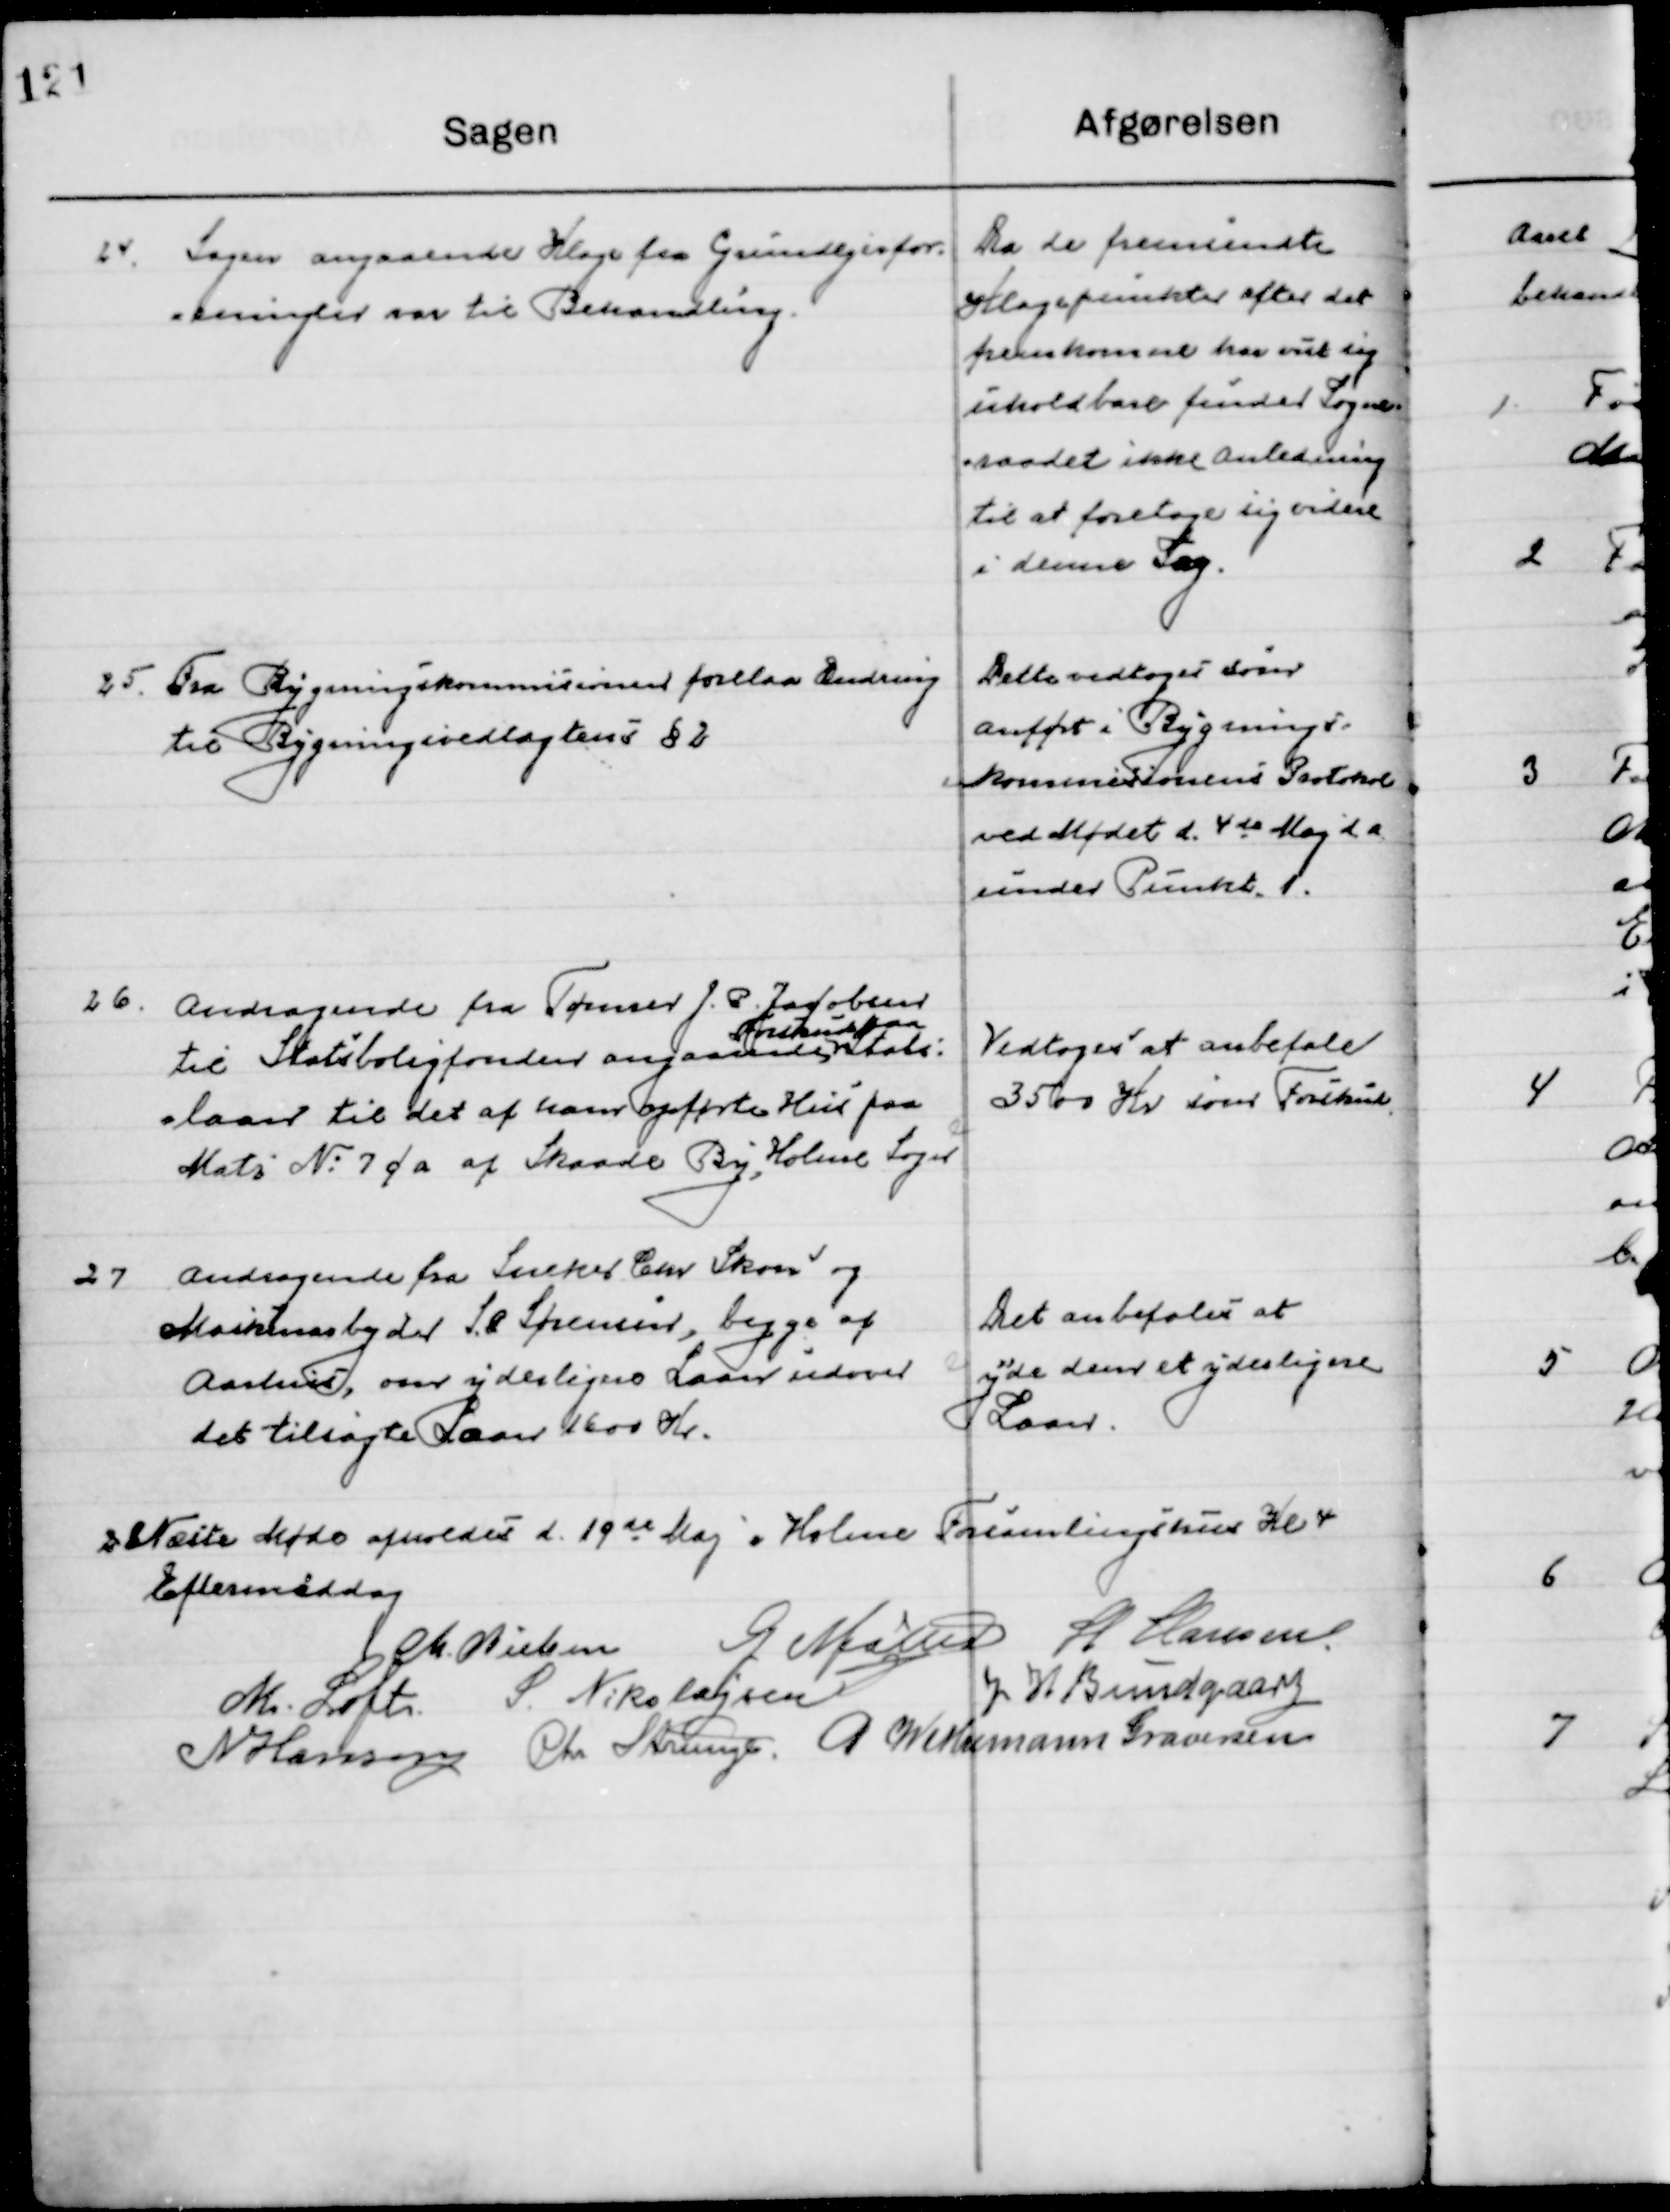
Transskription:
24

Sagen angaaende Klage fra Grundejerfor-
eningen var til Behandling.

Da de fremsendte
Klagepunkter efter det
fremkomne har vist sig
uholdbare finder Sogne-
raadet ikke Anledning 
til at foretage sig videre
i denne Sag.

25

Fra Bygningskommissionen forelaa Ændring 
Til Bygningsvedtægtens § 2

Dette vedtoges som
Anført i Bygnings-
Kommissionens Protokol
Ved Mødet d. 4de Maj d. a.
under Punkt.

26

Andragende fra Tømrer J. P. Jacobsen
Til Statsboligfonden angaaende 
Forskud paa 
Stats-
Laan til det af hans opførte Hus paa
Matr. No. 7 f a af Skaade By, Holme Sogn.

Vedtoges at anbefale
3500 Kr. som forskud

27

Andragende fra Snedker Chr. Skou og
Maskinarbejder S. P. Sørensen, begge af
Aarhus, om Yderligere Laan udover
det tilsøgte Laan 1600 Kr.

Det anbefales at
Yde dem et yderligere
Laan.

Næste Møde afholdes d. 19de Maj i Holme Forsamlingshus Kl. 4 
Eftermiddag.

M. Nielsen
G. Møller
H. Hansen
M. Loft
S. Nikolajsen
J. H. Bundgaard
N. Hansen
Chr. Strunge
P. Wethemann Graversen